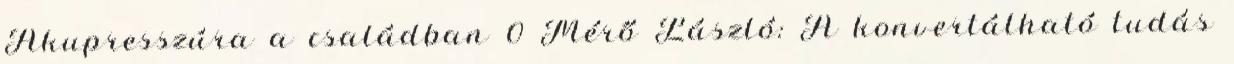
Akupresszúra a családban 0 Mérő László: A konvertálható tudás